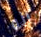
انه